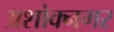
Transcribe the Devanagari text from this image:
अशोक्नगर